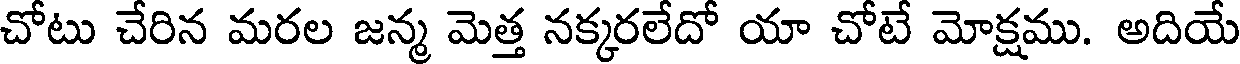
చోటు చేరిన మరల జన్మ మెత్త నక్కరలేదో యా చోటే మోక్షము. అదియే